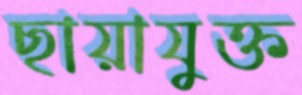
ছায়াযুক্ত